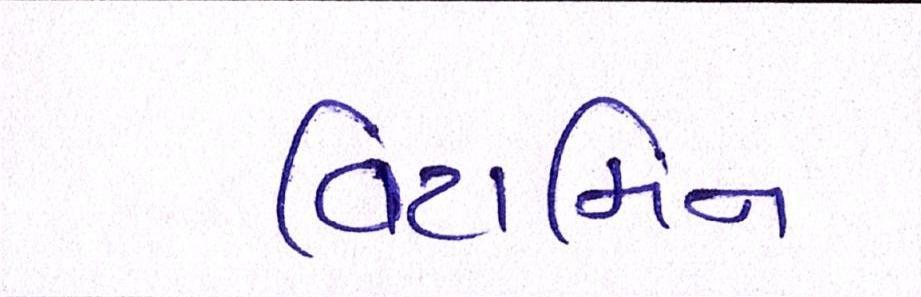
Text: વિટામિન